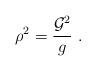
LaTeX: \begin{align*}\rho^2=\frac{{\cal G}^2}{g}\ . \end{align*}